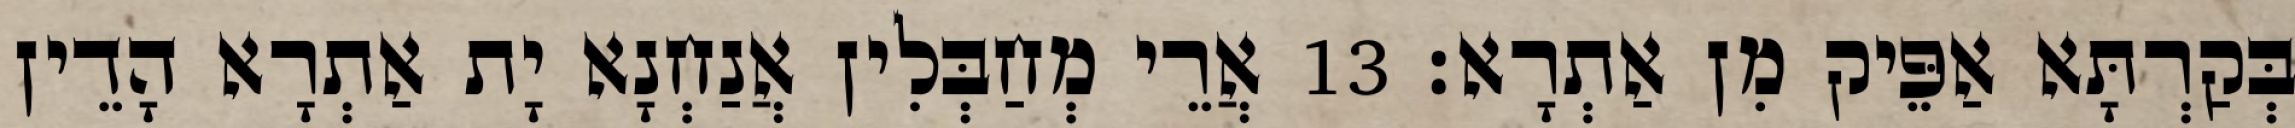
בְּקַרְתָּא אַפֵּיק מִן אַתְרָא׃ 13 אֲרֵי מְחַבְּלִין אֲנַחְנָא יָת אַתְרָא הָדֵין